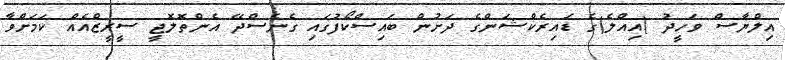
އިލްޔާސް ވަހީދު (އިއްލެ)ގެ ޑައިރެކްޝަންގެ ދަށުން ބައިސްކޯފުގައި ގެނެސްދޭ އެންތޮލޮޖީ ސީރީޒްއެއް ކަމަށްވާ